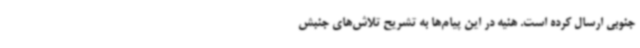
جنوبی ارسال کرده است. هنیه در این پیام‌ها به تشریح تلاش‌های جنبش